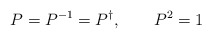
\begin{align*}P=P^{-1}=P^{\dagger },\qquad P^{2}=1\end{align*}